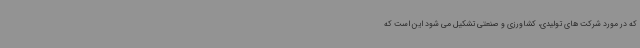
که در مورد شرکت های تولیدی، کشاورزی و صنعتی تشکیل می شود این است که